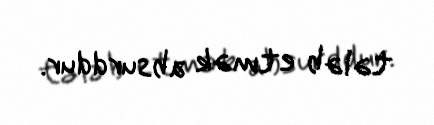
tələb etmək absurddur.